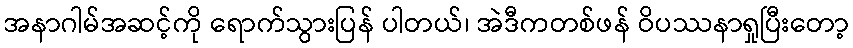
အနာဂါမ်အဆင့်ကို ရောက်သွားပြန် ပါတယ်၊ အဲဒီကတစ်ဖန် ဝိပဿနာရှုပြီးတော့